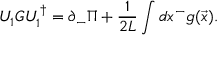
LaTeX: U _ { 1 } G U _ { 1 } ^ { \dagger } = \partial _ { - } \Pi + { \frac { 1 } { 2 L } } \int d x ^ { - } g ( { \vec { x } } ) .